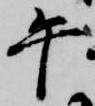
午